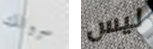
سروالك ليس